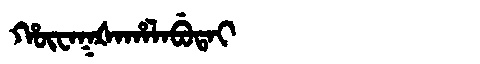
Manchu: ᡥᡡᠸᠠᡴᡧᠠᡥᠠᠯᠠᠪᡠᡨᠠᡳ
Romanization: HŪWAKŠAHALABUTAI